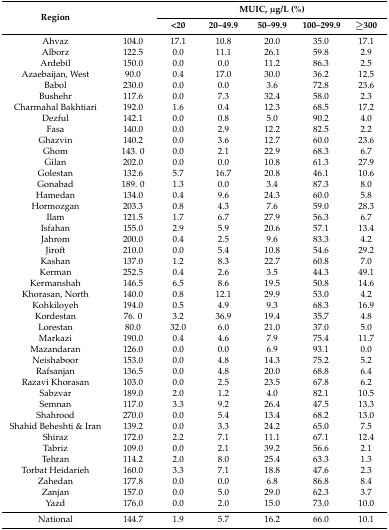
<table><thead><tr><td rowspan="2"><b>Region</b></td><td rowspan="2"></td><td colspan="5"><b>MUIC, μg/L (%)</b></td></tr><tr><td><b>&lt;20</b></td><td><b>20–49.9</b></td><td><b>50–99.9</b></td><td><b>100–299.9</b></td><td><b>≥300</b></td></tr></thead><tbody><tr><td>Ahvaz</td><td>104.0</td><td>17.1</td><td>10.8</td><td>20.0</td><td>35.0</td><td>17.1</td></tr><tr><td>Alborz</td><td>122.5</td><td>0.0</td><td>11.1</td><td>26.1</td><td>59.8</td><td>2.9</td></tr><tr><td>Ardebil</td><td>150.0</td><td>0.0</td><td>0.0</td><td>11.2</td><td>86.3</td><td>2.5</td></tr><tr><td>Azaebaijan, West</td><td>90.0</td><td>0.4</td><td>17.0</td><td>30.0</td><td>36.2</td><td>12.5</td></tr><tr><td>Babol</td><td>230.0</td><td>0.0</td><td>0.0</td><td>3.6</td><td>72.8</td><td>23.6</td></tr><tr><td>Bushehr</td><td>117.6</td><td>0.0</td><td>7.3</td><td>32.4</td><td>58.0</td><td>2.3</td></tr><tr><td>Charmahal Bakhtiari</td><td>192.0</td><td>1.6</td><td>0.4</td><td>12.3</td><td>68.5</td><td>17.2</td></tr><tr><td>Dezful</td><td>142.1</td><td>0.0</td><td>0.8</td><td>5.0</td><td>90.2</td><td>4.0</td></tr><tr><td>Fasa</td><td>140.0</td><td>0.0</td><td>2.9</td><td>12.2</td><td>82.5</td><td>2.2</td></tr><tr><td>Ghazvin</td><td>140.2</td><td>0.0</td><td>3.6</td><td>12.7</td><td>60.0</td><td>23.6</td></tr><tr><td>Ghom</td><td>143. 0</td><td>0.0</td><td>2.1</td><td>22.9</td><td>68.3</td><td>6.7</td></tr><tr><td>Gilan</td><td>202.0</td><td>0.0</td><td>0.0</td><td>10.8</td><td>61.3</td><td>27.9</td></tr><tr><td>Golestan</td><td>132.6</td><td>5.7</td><td>16.7</td><td>20.8</td><td>46.1</td><td>10.6</td></tr><tr><td>Gonabad</td><td>189. 0</td><td>1.3</td><td>0.0</td><td>3.4</td><td>87.3</td><td>8.0</td></tr><tr><td>Hamedan</td><td>134.0</td><td>0.4</td><td>9.6</td><td>24.3</td><td>60.0</td><td>5.8</td></tr><tr><td>Hormozgan</td><td>203.3</td><td>0.8</td><td>4.3</td><td>7.6</td><td>59.0</td><td>28.3</td></tr><tr><td>Ilam</td><td>121.5</td><td>1.7</td><td>6.7</td><td>27.9</td><td>56.3</td><td>6.7</td></tr><tr><td>Isfahan</td><td>155.0</td><td>2.9</td><td>5.9</td><td>20.6</td><td>57.1</td><td>13.4</td></tr><tr><td>Jahrom</td><td>200.0</td><td>0.4</td><td>2.5</td><td>9.6</td><td>83.3</td><td>4.2</td></tr><tr><td>Jiroft</td><td>210.0</td><td>0.0</td><td>5.4</td><td>10.8</td><td>54.6</td><td>29.2</td></tr><tr><td>Kashan</td><td>137.0</td><td>1.2</td><td>8.3</td><td>22.7</td><td>60.8</td><td>7.0</td></tr><tr><td>Kerman</td><td>252.5</td><td>0.4</td><td>2.6</td><td>3.5</td><td>44.3</td><td>49.1</td></tr><tr><td>Kermanshah</td><td>146.5</td><td>6.5</td><td>8.6</td><td>19.5</td><td>50.8</td><td>14.6</td></tr><tr><td>Khorasan, North</td><td>140.0</td><td>0.8</td><td>12.1</td><td>29.9</td><td>53.0</td><td>4.2</td></tr><tr><td>Kohkiloyeh</td><td>194.0</td><td>0.5</td><td>4.9</td><td>9.3</td><td>68.3</td><td>16.9</td></tr><tr><td>Kordestan</td><td>76. 0</td><td>3.2</td><td>36.9</td><td>19.4</td><td>35.7</td><td>4.8</td></tr><tr><td>Lorestan</td><td>80.0</td><td>32.0</td><td>6.0</td><td>21.0</td><td>37.0</td><td>5.0</td></tr><tr><td>Markazi</td><td>190.0</td><td>0.4</td><td>4.6</td><td>7.9</td><td>75.4</td><td>11.7</td></tr><tr><td>Mazandaran</td><td>126.0</td><td>0.0</td><td>0.0</td><td>6.9</td><td>93.1</td><td>0.0</td></tr><tr><td>Neishaboor</td><td>153.0</td><td>0.0</td><td>4.8</td><td>14.3</td><td>75.2</td><td>5.2</td></tr><tr><td>Rafsanjan</td><td>136.5</td><td>0.0</td><td>4.8</td><td>20.0</td><td>68.8</td><td>6.4</td></tr><tr><td>Razavi Khorasan</td><td>103.0</td><td>0.0</td><td>2.5</td><td>23.5</td><td>67.8</td><td>6.2</td></tr><tr><td>Sabzvar</td><td>189.0</td><td>2.0</td><td>1.2</td><td>4.0</td><td>82.1</td><td>10.5</td></tr><tr><td>Semnan</td><td>117.0</td><td>3.3</td><td>9.2</td><td>26.4</td><td>47.5</td><td>13.3</td></tr><tr><td>Shahrood</td><td>270.0</td><td>0.0</td><td>5.4</td><td>13.4</td><td>68.2</td><td>13.0</td></tr><tr><td>Shahid Beheshti &amp; Iran</td><td>139.2</td><td>0.0</td><td>3.3</td><td>24.2</td><td>65.0</td><td>7.5</td></tr><tr><td>Shiraz</td><td>172.0</td><td>2.2</td><td>7.1</td><td>11.1</td><td>67.1</td><td>12.4</td></tr><tr><td>Tabriz</td><td>109.0</td><td>0.0</td><td>2.1</td><td>39.2</td><td>56.6</td><td>2.1</td></tr><tr><td>Tehran</td><td>114.2</td><td>2.0</td><td>8.0</td><td>25.4</td><td>63.3</td><td>1.3</td></tr><tr><td>Torbat Heidarieh</td><td>160.0</td><td>3.3</td><td>7.1</td><td>18.8</td><td>47.6</td><td>2.3</td></tr><tr><td>Zahedan</td><td>177.8</td><td>0.0</td><td>0.0</td><td>6.8</td><td>86.8</td><td>8.4</td></tr><tr><td>Zanjan</td><td>157.0</td><td>0.0</td><td>5.0</td><td>29.0</td><td>62.3</td><td>3.7</td></tr><tr><td>Yazd</td><td>176.0</td><td>0.0</td><td>2.0</td><td>15.0</td><td>73.0</td><td>10.0</td></tr><tr><td>National</td><td>144.7</td><td>1.9</td><td>5.7</td><td>16.2</td><td>66.0</td><td>10.1</td></tr></tbody></table>